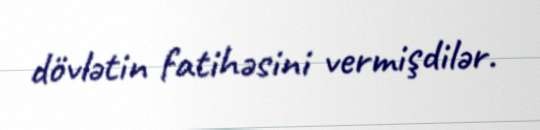
dövlətin fatihəsini vermişdilər.